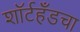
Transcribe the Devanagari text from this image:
शॉर्टहँडचा